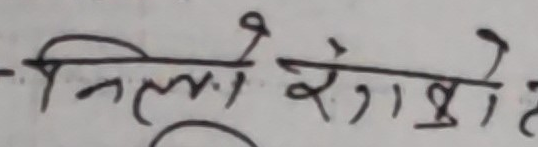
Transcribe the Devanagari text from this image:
निलो रंगो